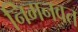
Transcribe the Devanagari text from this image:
निमनवत